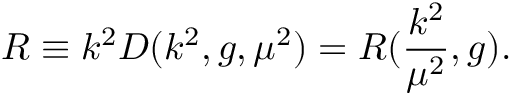
R \equiv k ^ { 2 } D ( k ^ { 2 } , g , { \mu } ^ { 2 } ) = R ( \frac { k ^ { 2 } } { { \mu } ^ { 2 } } , g ) .